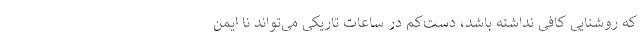
که روشنایی کافی نداشته باشد، دست‌کم در ساعات تاریکی می‌تواند نا ایمن